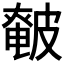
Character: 𰤰